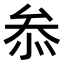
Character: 𠫵